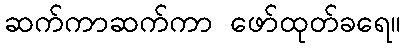
ဆက်ကာဆက်ကာ ဖော်ထုတ်ခရေ။